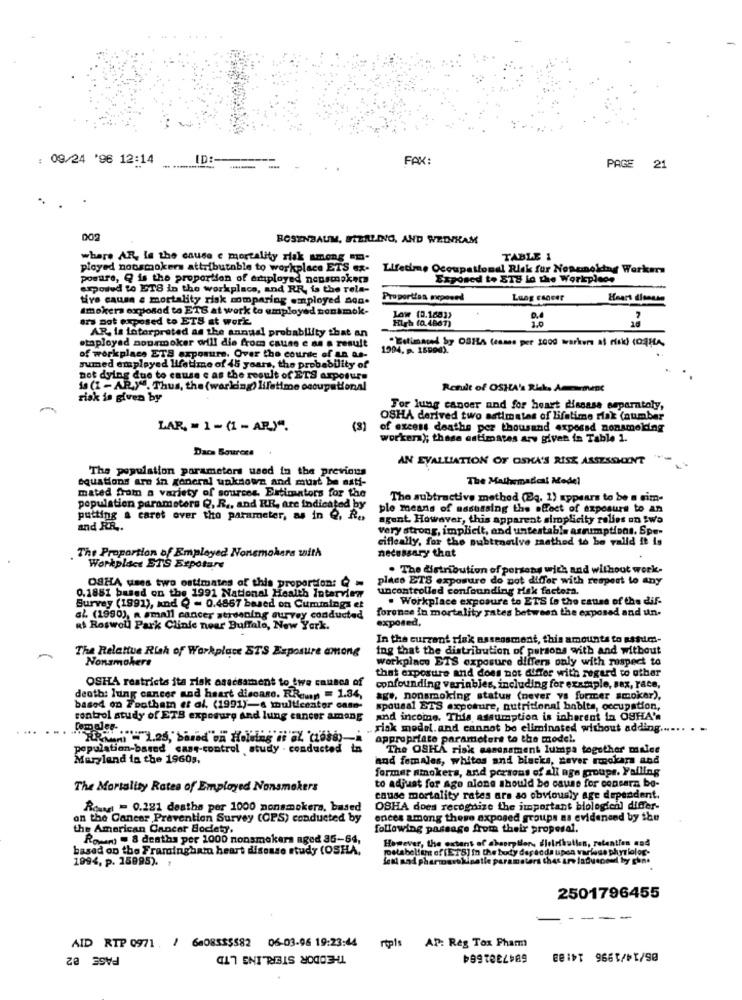
: 09/24 '96 12:14
FAX:
PAGE 21
002
ROSENBAUM, FIERLING, AND WEINKAM
where AR, le the cause e mortality risk among "m.
TABLE 1
played nonsmokers attributable to workplace ETS ex-
Lifedme Occupational Risk for Nosenoktay Werken
posure, Q is the proportion of employed nonsmoker
Exposed to 318 lo the Workplace
exposed to ETS in the workplace, and RR, is the role-
-
tive cause e mortality risk comparing employed a40.
Proportion exposed
Imokers exposed to ETS at work to employed sonkmok-
ars not exposed to ETS at work
Law (0.188))
High (0.4867)
10
20
AR, is interpreted as the annual probability that an
· Estimated by ODIA Gramo per 2000 workers at risk) copper.
staployed nonsmoker will die from cause e as a result
1994. P. 16800).
of workplace ETS exposure. Over the course of an as-
sumed employed lifetime of 45 years, the probability of
not dying due to cause e as the result of ETS arposure
is (1 - AR)"". Thus, the (working) lifetime occupational
Rendt of OSHA's Rick, Aminenc
risk is given by
For lung cancer and for heart disease separatoly,
OSHA derived two estimates of lifetime risk (number
LAR, = 1 - (1 - AR)".
of excess deaths per thousand expessd nonsmelding
worker); these estimates arv given in Table 1.
Daca Sources
AN EVALUATION OF OSKA'S RISK ASSESSMENT
The population parameters used in the previous
equations are in general uaknown and must be asti-
The Mathematical Model
mated from a variety of sources. Estimators for the
The subtractive method (Bq, 1) appears to be a sim-
population parameters Q, R ., and RR, are indicated by
ple means of nasussing the effect of exposure to an
putting a caret over the parameter, as in Q, Re,
agent. However, this apparent simplicity relies on two
and RR ..
very strong, implicit, and untestable assumptions. Spe-
cifleally, for the pubtenative method to be valld It is
The Proportion of Employed Nonsmokers with
necessary that
Workplace ETS Expotare
. The distribution of persons with and without work-
OSHA uses two estimates of this proportion: C =
placo ETS exposure do not differ with respect to any
uncontrolled confounding Mak factora.
0,1851 based on the 1991 National Health Interview
. Workplace exposure to ETS to the cause of the dif-
Survey (1991), and Q - 0.4857 based on Cuminings et
foronce In mortality rates between the exposed and un.
al. (1990), a small cancer stidening survey conducted
exposed,
at Roswoll Park Clinic near Buffalo, New York.
In the curzant risk assessment, this amounts to nafum-
The Relative Risk of Workplace STS Exposure among
fog that the distribution of persons with and without
Nonsmokers
workplace ETS exposure differs only with respect to
that exposure and does not cuffer with regard to other
OSHA restricts ita riak asacsament to twe causes of
confounding variables, including for example, sax, race,
deotb: lung cancer and heart discano. RReun = 1.34,
age, nonsmoking status (never vs former smoker),
based on Footham et al. (1991)-a multicenter case-
spousal ETS exposure, nutritional habits, occupation,
control study of ETB exposure And lung cancer amang
and income. This assumption is inherent ta OSHA'
risk model. and cannot be eliminated without adding ..
RRMM = 1,25, barad" on Holalag il az 'czoss)
appropriate paramotore to the model.
population-based cast-control study . conducted
The OSHA risk assessment lumpa together malee
Maryland in the 19603,
and females, whites and blacks, zaver rookara and
former smokers, and persons of ali age groups. Falling
The Mortality Rates of Employed Nonsmokers
to adjust for ago alone should be cause for consern bo-
cause mortality rates are so obviously age dependent.
Rowrg = 0.221 deaths per 1000 nonsmokers, based
OSHA does recognize the important biologienl differ-
on the Cancer Prevention Survey (CPS) conducted by
ences among these exposed groups na evidenced by the
the American Cancer Society,
following passage from their properal.
Rowm) = 8 deaths per 1000 nonsmokers aged 36-64,
However, the extent of chsorption, dieleihutlen, retention and
based on the Framingham heart disease study (OSHA,
pola
Hint of (ETS] in the body der doda upon various phyr lolog-
1994, p. 15995). 1
fest and pharmouetkinatie parameters that are ladusceul by chn.
2501796455
-
AID RTP 0971 / 6408555582 06-03-96 19:23:44 rtpls AP: Reg Tox Pharm
THEODOR STERLING LTD
6947381664
06/14/1996 14:83